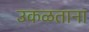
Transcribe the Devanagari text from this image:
उकळताना